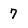
Character: 7